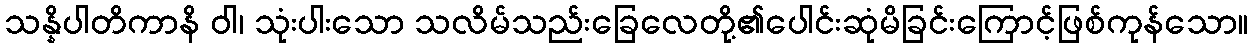
သန္နိပါတိကာနိ ဝါ၊ သုံးပါးသော သလိမ်သည်းခြေလေတို့၏ပေါင်းဆုံမိခြင်းကြောင့်ဖြစ်ကုန်သော။